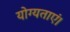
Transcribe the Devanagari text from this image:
योग्यताएं।